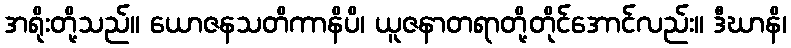
အရိုးတို့သည်။ ယောဇနသတိကာနိပိ၊ ယူဇနာတရာတို့တိုင်အောင်လည်း။ ဒီဃာနိ၊